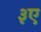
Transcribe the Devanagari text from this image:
३ए